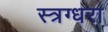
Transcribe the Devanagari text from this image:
स्त्रग्धरा